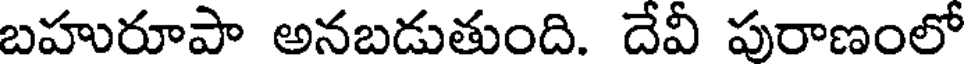
బహురూపా అనబడుతుంది. దేవీ పురాణంలో